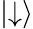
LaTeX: |{\downarrow}\rangle